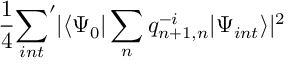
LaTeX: \frac 1 4 { \sum _ { i n t } } ^ { \prime } | \langle \Psi _ { 0 } | \sum _ { n } q _ { n + 1 , n } ^ { - i } | \Psi _ { i n t } \rangle | ^ { 2 }